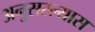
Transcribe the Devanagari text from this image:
अनुसरल्यास